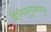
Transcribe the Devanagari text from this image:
द्वितीयाकुटुंबापासून